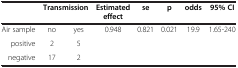
|  | <COLSPAN=2> Transmission | Estimated effect | se | p | odds | 95% CI |
 | --- | --- | --- | --- | --- | --- | --- | --- |
 | Air sample | no | yes | <ROWSPAN=2> 0.948 | <ROWSPAN=2> 0.821 | <ROWSPAN=2> 0.021 | <ROWSPAN=2> 19.9 | <ROWSPAN=2> 1.65-240 |
 | positive | 2 | 5 |
 | negative | 17 | 2 |  |  |  |  |  |